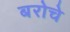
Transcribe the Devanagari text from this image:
बरोचे